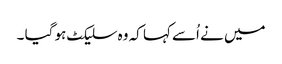
میں نے اُسے کہا کہ وہ سلیکٹ ہو گیا ۔